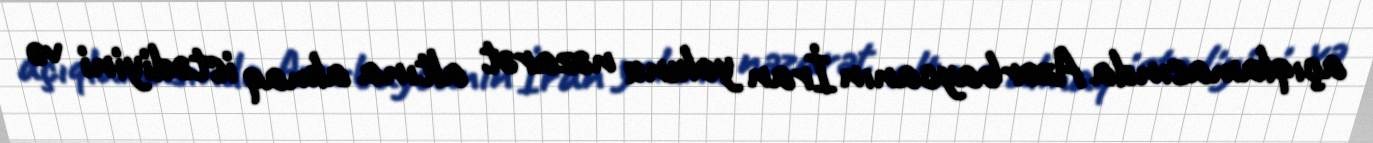
açıqlamasında Azərbaycanın İran yolunu nəzarət altına almaq istədiyini və